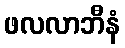
ဖလလာဘီနံ